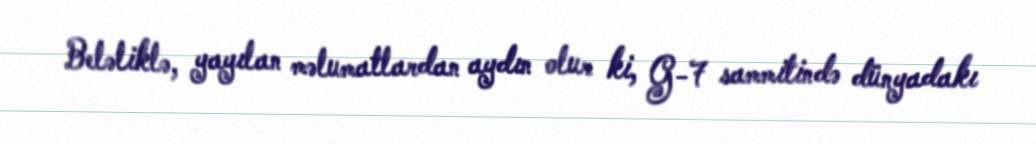
Beləliklə, yayılan məlumatlardan aydın olur ki, G-7 sammitində dünyadakı